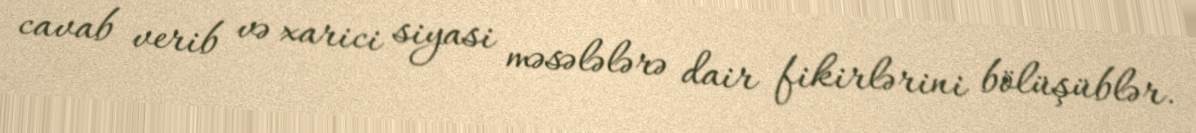
cavab verib və xarici siyasi məsələlərə dair fikirlərini bölüşüblər.